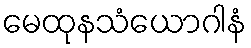
မေထုနသံယောဂါနံ